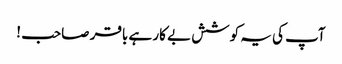
آپ کی یہ کوشش بے کار ہے باقر صاحب !